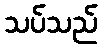
သပ်သည်